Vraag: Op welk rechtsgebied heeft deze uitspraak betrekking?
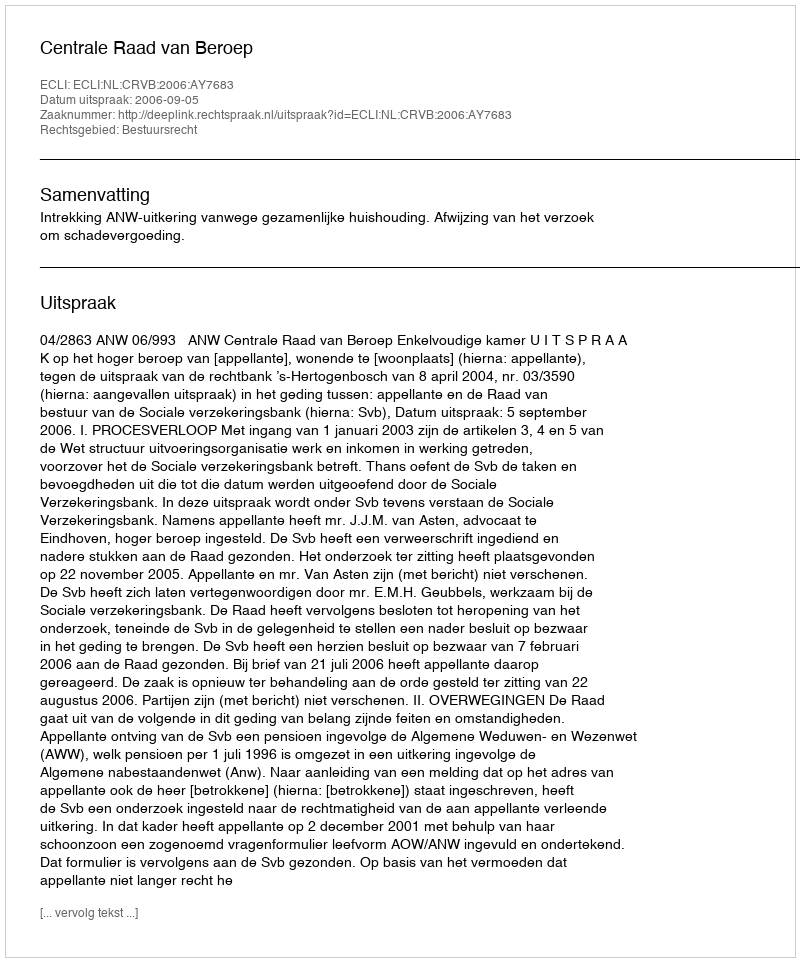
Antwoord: Bestuursrecht